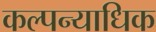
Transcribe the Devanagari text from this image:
कल्पन्याधिक